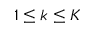
1 \le k \le K